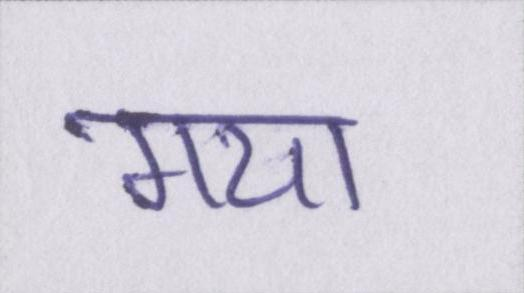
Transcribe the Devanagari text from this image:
गया